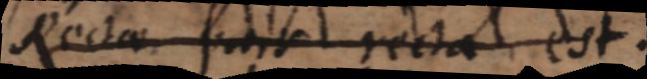
Rectae pars recta est.